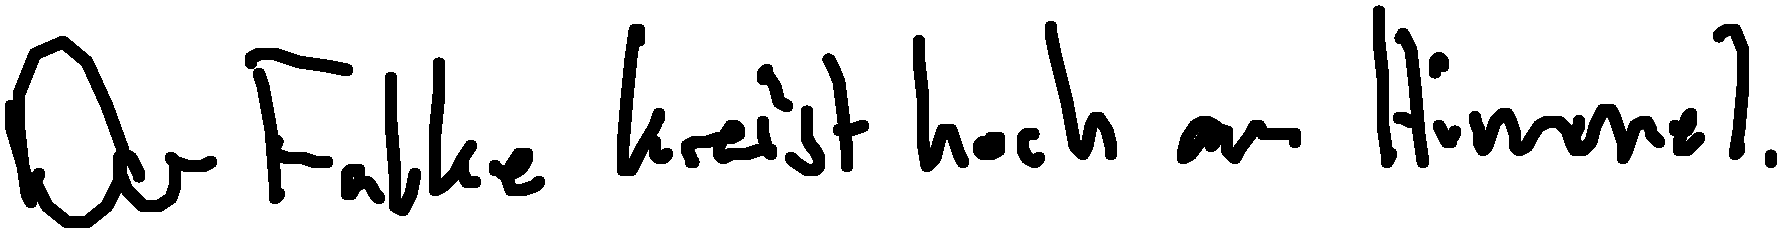
Der Falke kreist hoch am Himmel.